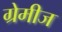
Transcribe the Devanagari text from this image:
ग्रेमीज